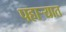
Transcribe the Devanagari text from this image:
पहार्‍यात